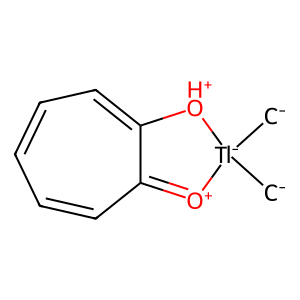
SMILES: [CH2-][Tl-]1([CH2-])[O+]=C2C=CC=CC=C2[OH+]1
Inhibits HIV replication: No